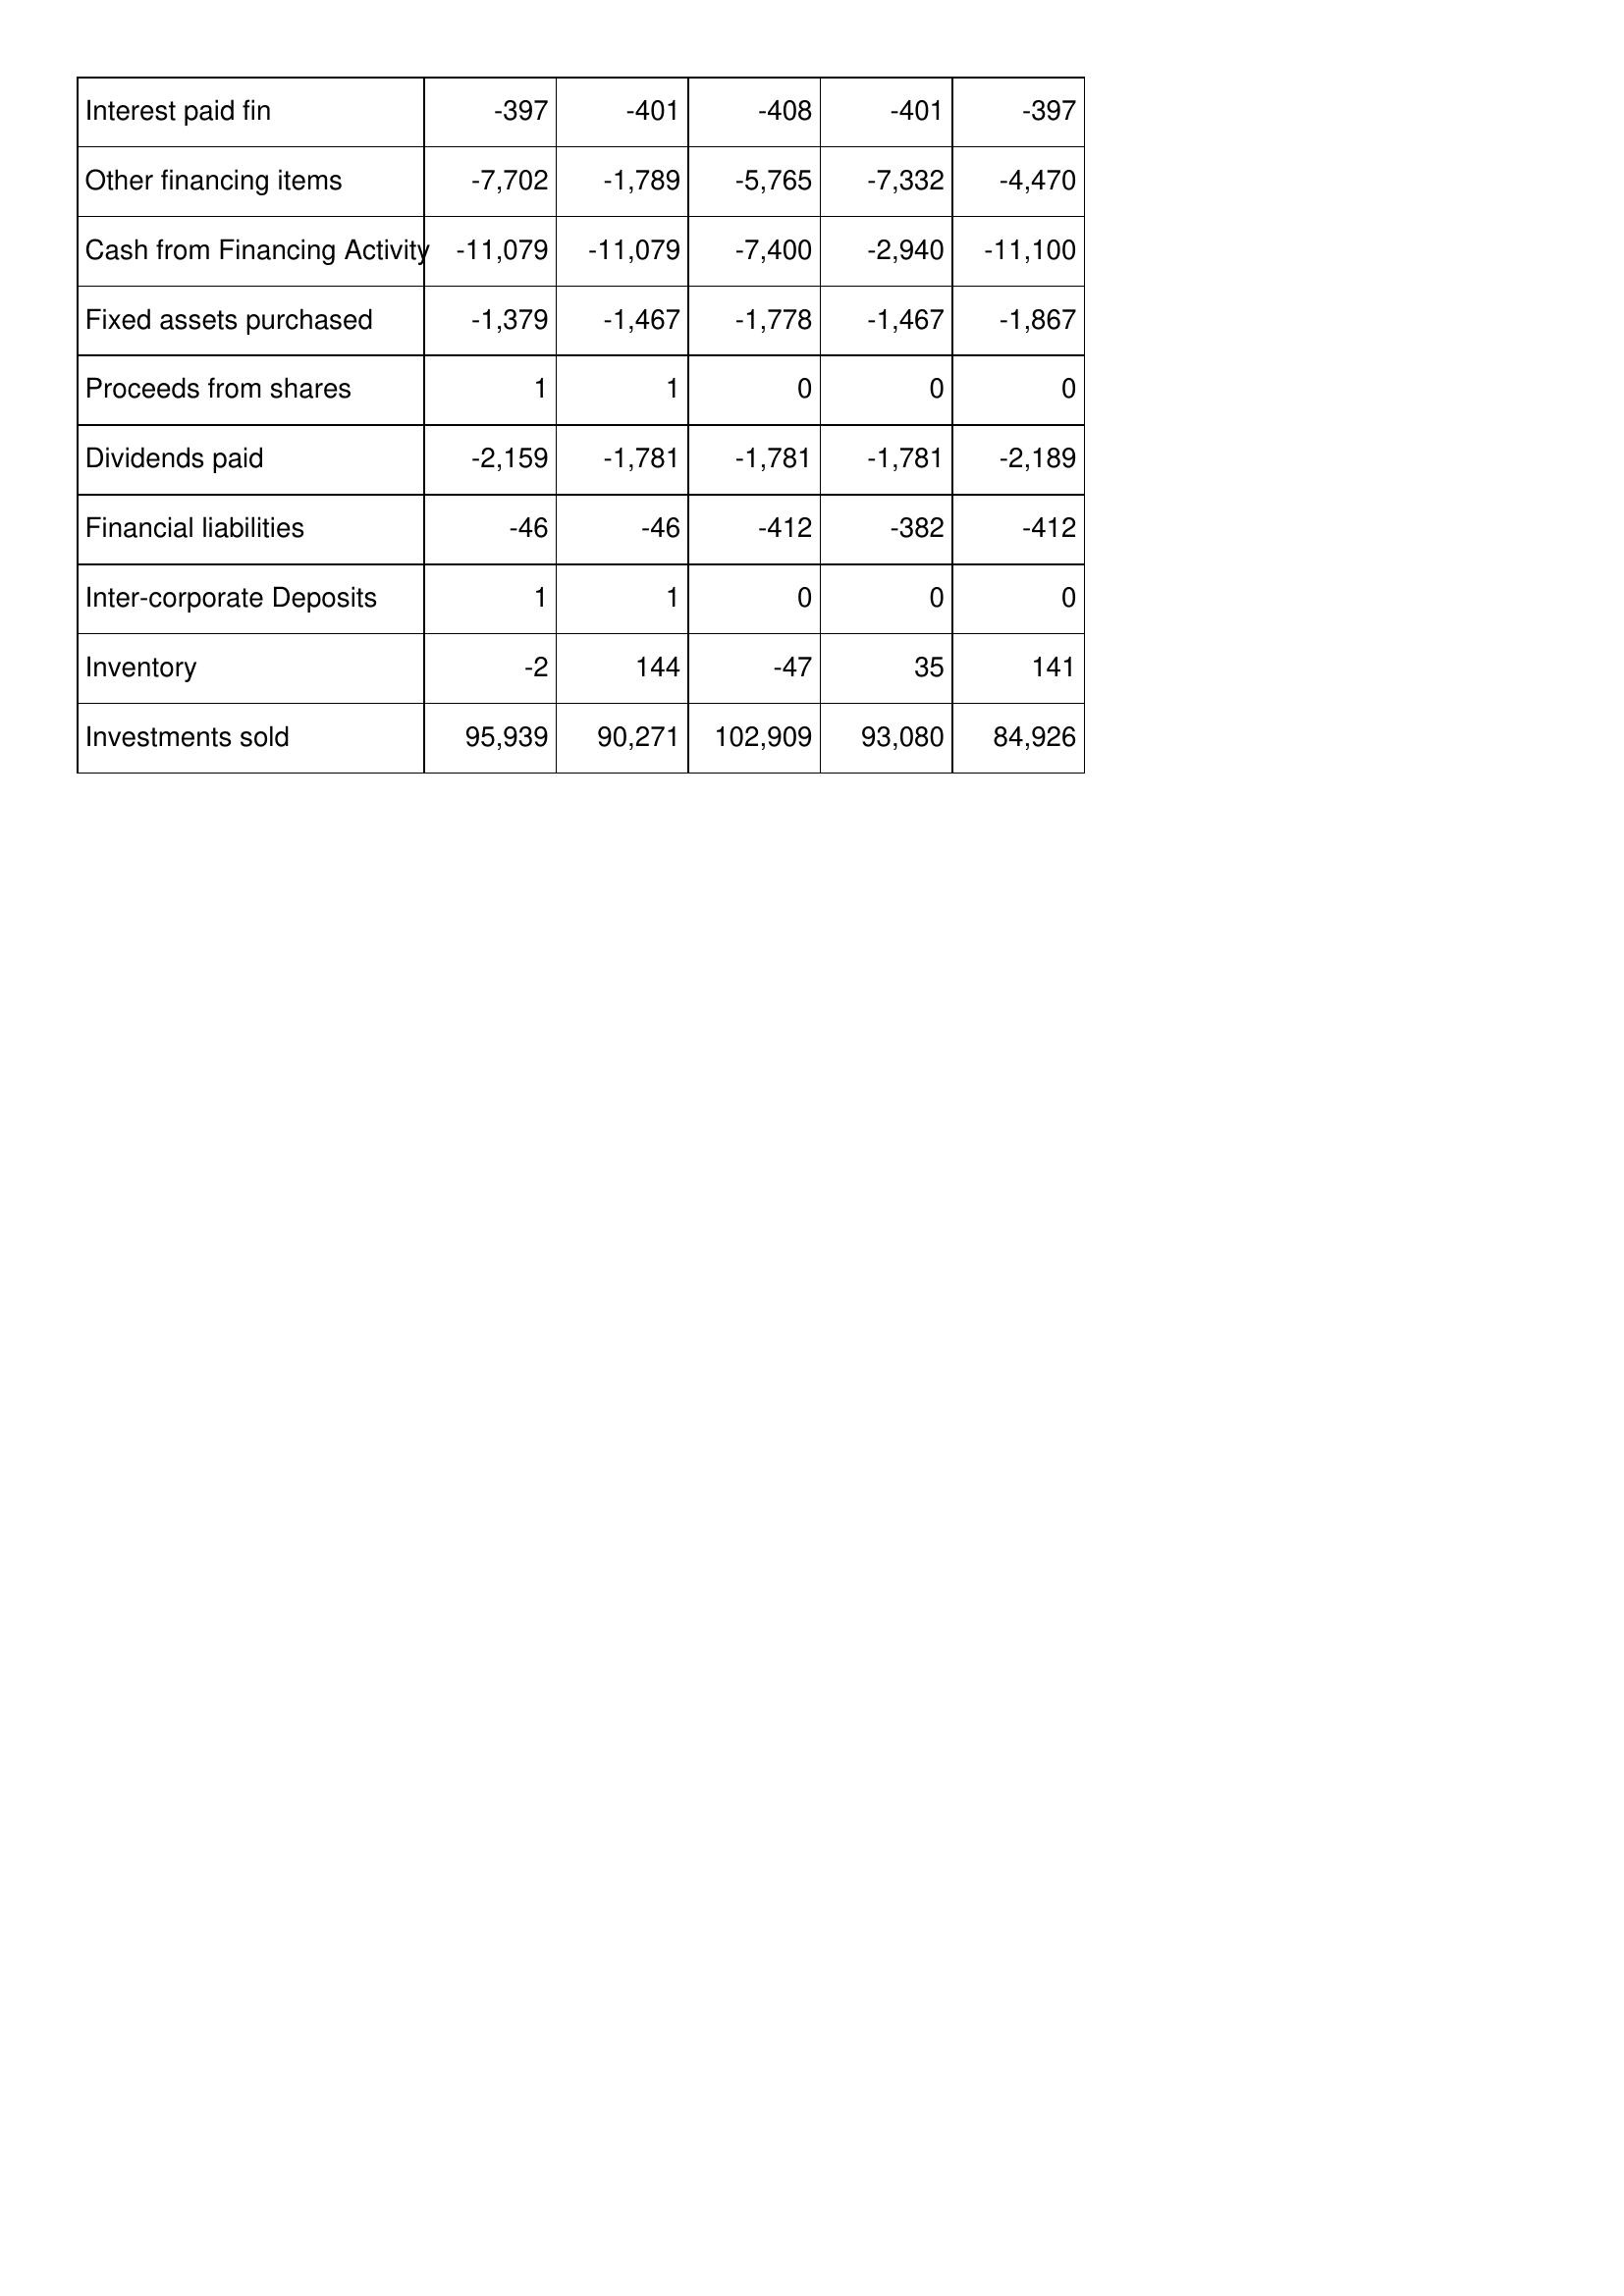
Apr-01: Cash Flows: Interest paid fin: -397
Other financing items: -7,702
Cash from Financing Activity: -11,079
Fixed assets purchased: -1,379
Proceeds from shares: 1
Dividends paid: -2,159
Financial liabilities: -46
Inter-corporate Deposits: 1
Inventory: -2
Investments sold: 95,939
Apr-00: Cash Flows: Interest paid fin: -401
Other financing items: -1,789
Cash from Financing Activity: -11,079
Fixed assets purchased: -1,467
Proceeds from shares: 1
Dividends paid: -1,781
Financial liabilities: -46
Inter-corporate Deposits: 1
Inventory: 144
Investments sold: 90,271
Apr-99: Cash Flows: Interest paid fin: -408
Other financing items: -5,765
Cash from Financing Activity: -7,400
Fixed assets purchased: -1,778
Proceeds from shares: 0
Dividends paid: -1,781
Financial liabilities: -412
Inter-corporate Deposits: 0
Inventory: -47
Investments sold: 102,909
Apr-98: Cash Flows: Interest paid fin: -401
Other financing items: -7,332
Cash from Financing Activity: -2,940
Fixed assets purchased: -1,467
Proceeds from shares: 0
Dividends paid: -1,781
Financial liabilities: -382
Inter-corporate Deposits: 0
Inventory: 35
Investments sold: 93,080
Apr-97: Cash Flows: Interest paid fin: -397
Other financing items: -4,470
Cash from Financing Activity: -11,100
Fixed assets purchased: -1,867
Proceeds from shares: 0
Dividends paid: -2,189
Financial liabilities: -412
Inter-corporate Deposits: 0
Inventory: 141
Investments sold: 84,926